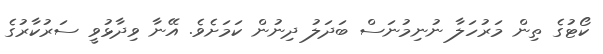
ކޯޓުގެ ތިން މަރުހަލާ ނުނިމުނަސް ބަދަލު ދިނުން ކަމަށެވެ. އޭނާ ވިދާޅުވީ ސަރުކާރުގެ